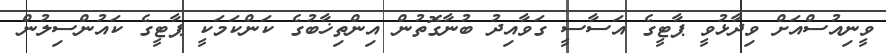
ވީނިއުސްއަށް ވިދާޅުވީ ޕާޓީގެ އަސާސީ ގަވާއިދު ބުނާގޮތުން އިންތިޚާބުގެ ކަންކަމަކީ ޕާޓީގެ ކައުންސިލުން